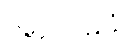
အာယမုခံ